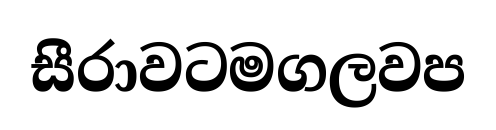
සීරාවටමගලවප